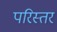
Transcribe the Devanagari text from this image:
परिस्तर